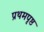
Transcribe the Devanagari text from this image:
प्रथमपृष्ठ